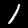
Digit: 1